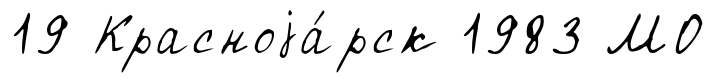
19 Красноjа́рск 1983 МО